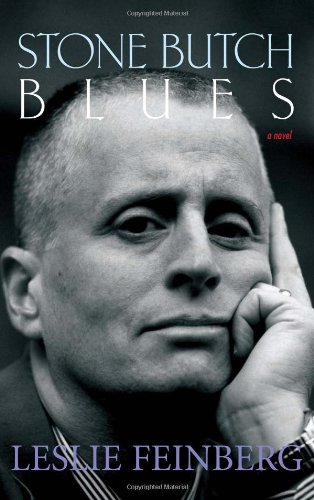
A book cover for Stone Butch Blues: A Novel; Leslie Feinberg; Literature & Fiction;